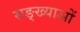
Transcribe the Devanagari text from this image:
सङ्ख्याअाें